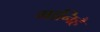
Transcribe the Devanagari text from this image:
मानिहैं